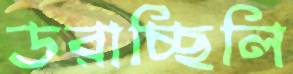
ডরাচ্ছিলি